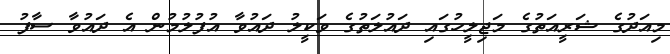
މިއަދުގެ ޝަރީއަތުގެ މަޖިލީހުގައި ދައުލަތުގެ ވަކީލު ދައުވާ އުފުލުމުން އެ ދައުވާ ސާފު